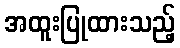
အထူးပြုထားသည့်